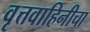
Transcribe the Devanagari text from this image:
वृत्तवाहिनीचा